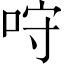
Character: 𠱔